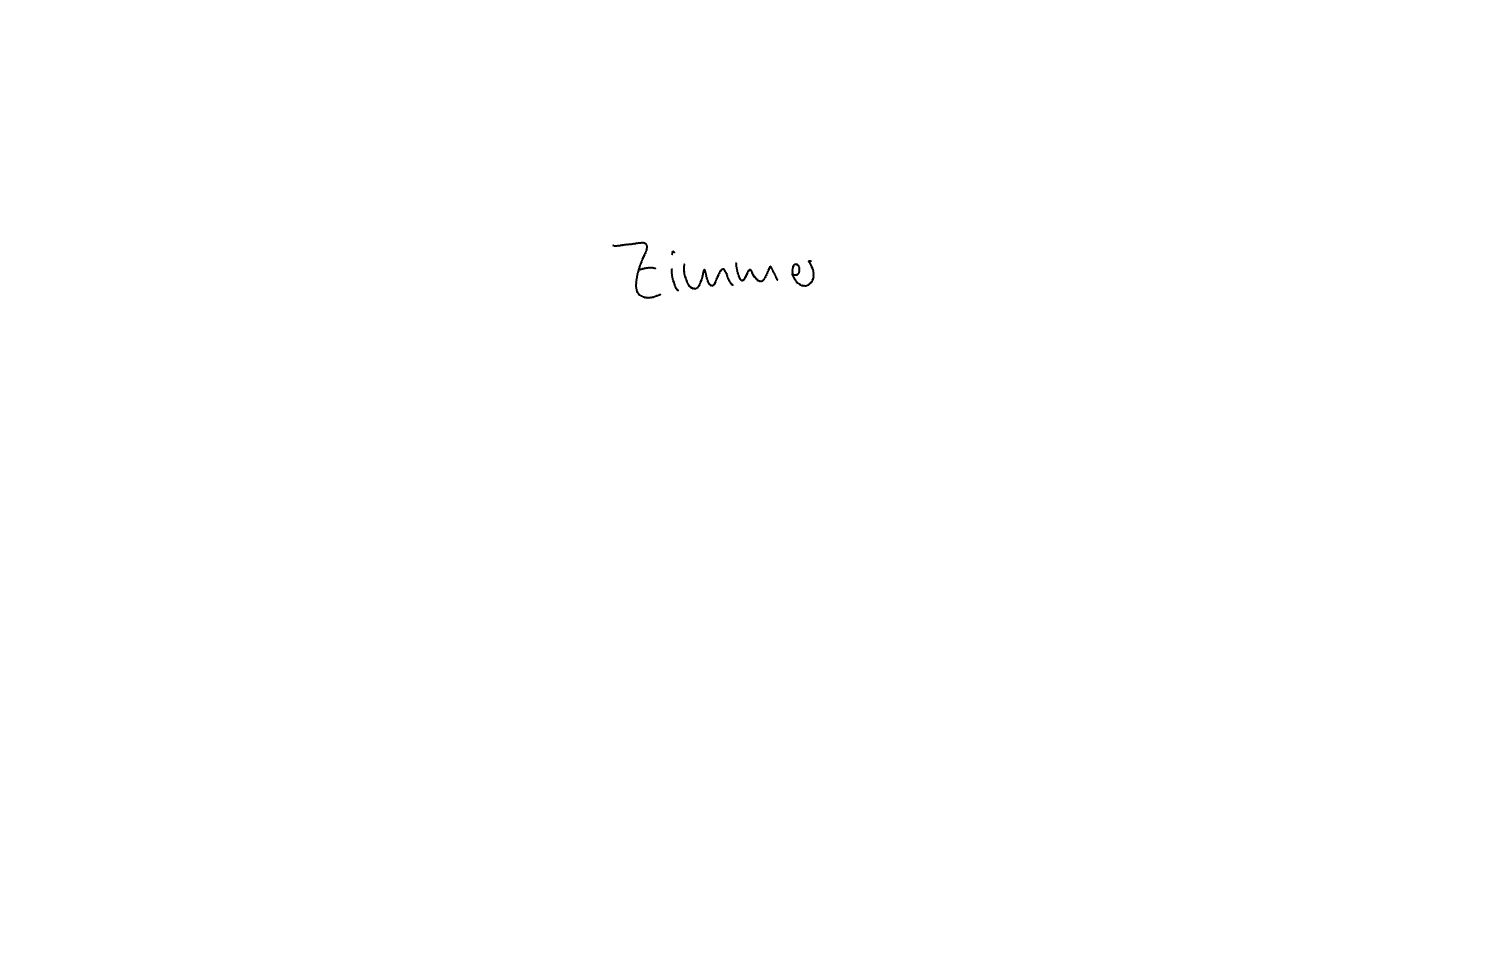
Text: Zimmer